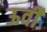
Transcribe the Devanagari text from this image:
ऊर्वी